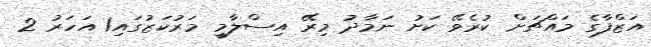
އަޒްފާގެ މައްޗަށް ކުރެވޭ ކަށު ނަމާދު މިރޭ އިސްލާމީ މަރުކަޒުގައި1 އަހަރު 2